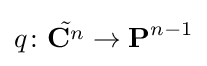
q\colon {\tilde {\mathbf {C} ^{n}}}\to \mathbf {P} ^{n-1}